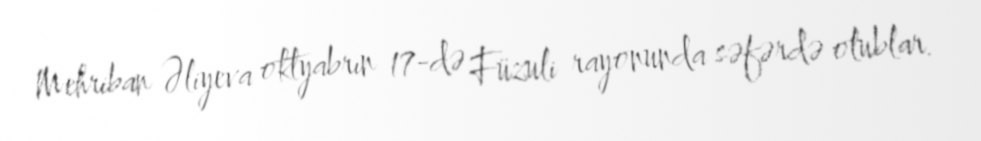
Mehriban Əliyeva oktyabrın 17-də Füzuli rayonunda səfərdə olublar.